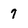
Character: 7